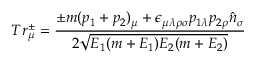
T r _ { \mu } ^ { \pm } = { \frac { \pm m ( p _ { 1 } + p _ { 2 } ) _ { \mu } + \epsilon _ { \mu \lambda \rho \sigma } p _ { 1 \lambda } p _ { 2 \rho } { \hat { n } } _ { \sigma } } { 2 \sqrt { E _ { 1 } ( m + E _ { 1 } ) E _ { 2 } ( m + E _ { 2 } ) } } }